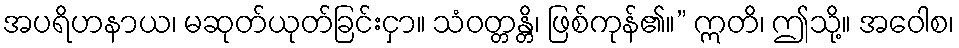
အပရိဟနာယ၊ မဆုတ်ယုတ်ခြင်းငှာ။ သံဝတ္တန္တိ၊ ဖြစ်ကုန်၏။” ဣတိ၊ ဤသို့။ အဝေါစ၊